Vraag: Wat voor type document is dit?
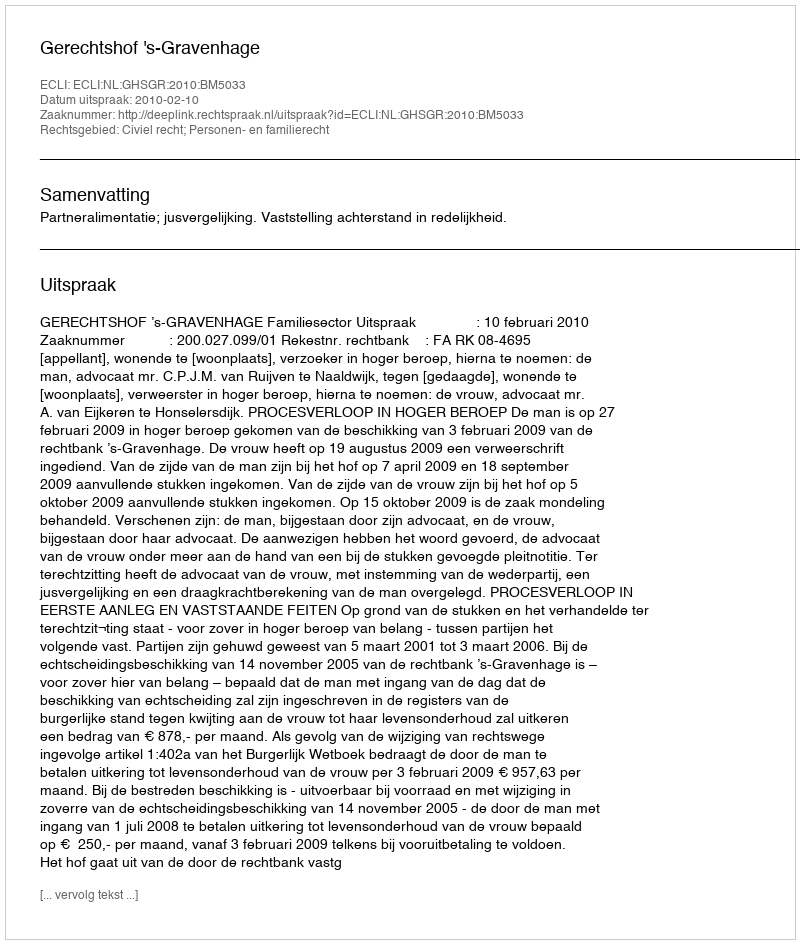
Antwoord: Uitspraak